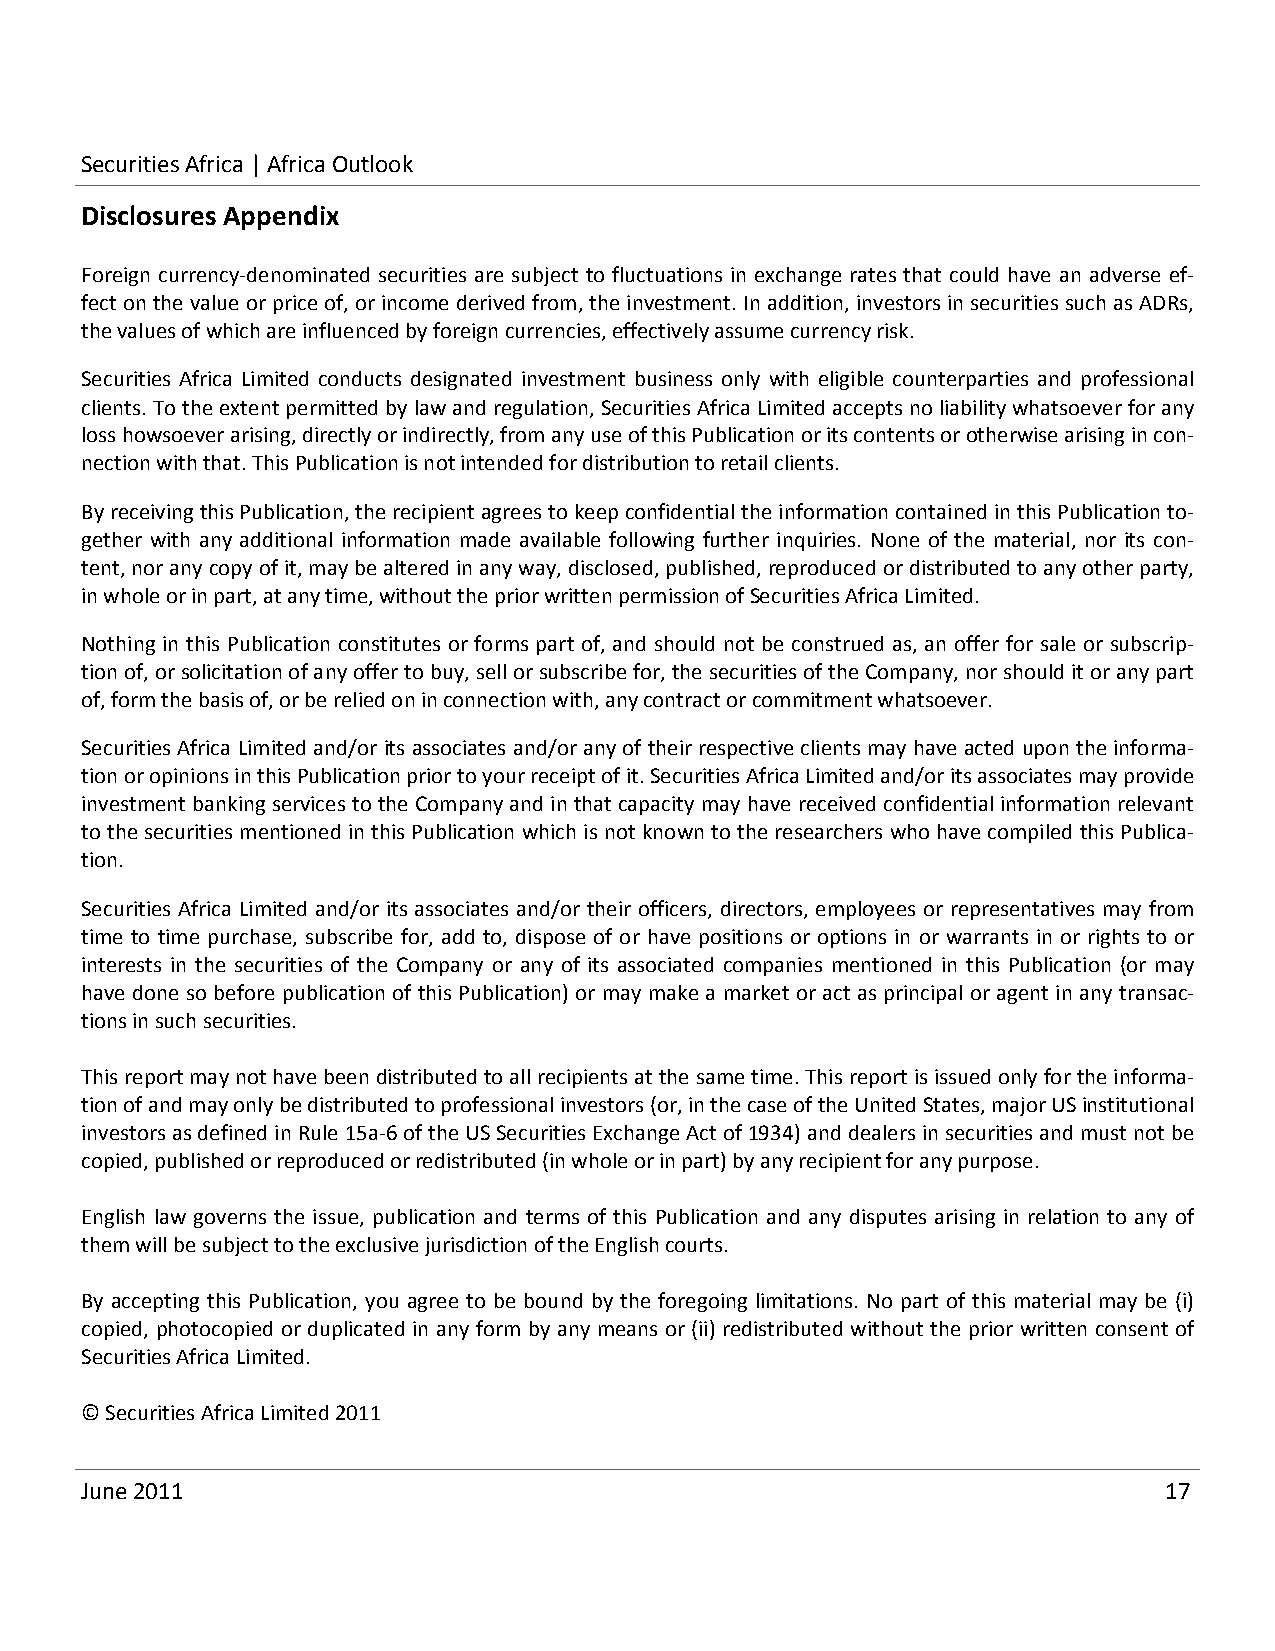
Securities Africa | Africa Outlook
 Disclosures Appendix
 Foreign currency‐denominated securities are subject to fluctuations in exchange rates that could have an adverse ef‐
 fect on the value or price of, or income derived from, the investment. In addition, investors in securities such as ADRs,
 the values of which are influenced by foreign currencies, effectively assume currency risk.
 Securities Africa Limited conducts designated investment business only with eligible counterparties and professional
 clients. To the extent permitted by law and regulation, Securities Africa Limited accepts no liability whatsoever for any
 loss howsoever arising, directly or indirectly, from any use of this Publication or its contents or otherwise arising in con‐
 nection with that. This Publication is not intended for distribution to retail clients.
 By receiving this Publication, the recipient agrees to keep confidential the information contained in this Publication to‐
 gether with any additional information made available following further inquiries. None of the material, nor its con‐
 tent, nor any copy of it, may be altered in any way, disclosed, published, reproduced or distributed to any other party,
 in whole or in part, at any time, without the prior written permission of Securities Africa Limited.
 Nothing in this Publication constitutes or forms part of, and should not be construed as, an offer for sale or subscrip‐
 tion of, or solicitation of any offer to buy, sell or subscribe for, the securities of the Company, nor should it or any part
 of, form the basis of, or be relied on in connection with, any contract or commitment whatsoever.
 Securities Africa Limited and/or its associates and/or any of their respective clients may have acted upon the informa‐
 tion or opinions in this Publication prior to your receipt of it. Securities Africa Limited and/or its associates may provide
 investment banking services to the Company and in that capacity may have received confidential information relevant
 to the securities mentioned in this Publication which is not known to the researchers who have compiled this Publica‐
 tion.
 Securities Africa Limited and/or its associates and/or their officers, directors, employees or representatives may from
 time to time purchase, subscribe for, add to, dispose of or have positions or options in or warrants in or rights to or
 interests in the securities of the Company or any of its associated companies mentioned in this Publication (or may
 have done so before publication of this Publication) or may make a market or act as principal or agent in any transac‐
 tions in such securities.
 This report may not have been distributed to all recipients at the same time. This report is issued only for the informa‐
 tion of and may only be distributed to professional investors (or, in the case of the United States, major US institutional
 investors as defined in Rule 15a‐6 of the US Securities Exchange Act of 1934) and dealers in securities and must not be
 copied, published or reproduced or redistributed (in whole or in part) by any recipient for any purpose.
 English law governs the issue, publication and terms of this Publication and any disputes arising in relation to any of
 them will be subject to the exclusive jurisdiction of the English courts.
 By accepting this Publication, you agree to be bound by the foregoing limitations. No part of this material may be (i)
 copied, photocopied or duplicated in any form by any means or (ii) redistributed without the prior written consent of
 Securities Africa Limited.
 © Securities Africa Limited 2011
 June 2011                                                               17